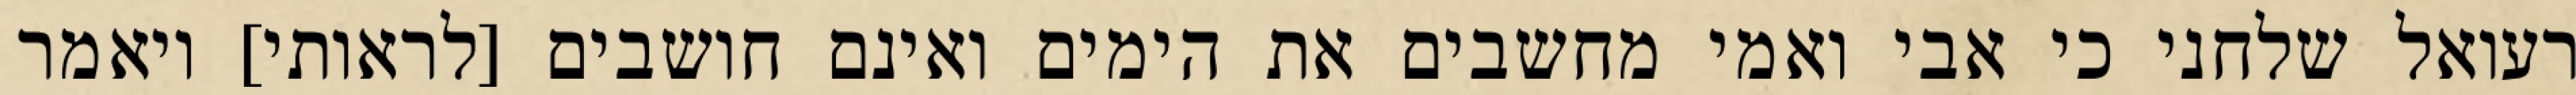
רעואל שלחני כי אבי ואמי מחשבים את הימים ואינם חושבים [לראותי] ויאמר